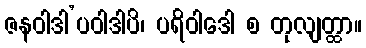
ဇနဝါဒါ’ပဝါဒါပိ၊ ပရိဝါဒေါ စ တုလျတ္ထာ။